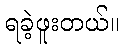
ရခဲ့ဖူးတယ်။